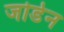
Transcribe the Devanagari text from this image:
जोर्डेन